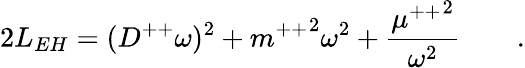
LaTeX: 2L_{EH}=(D^{++}\omega)^{2}+{m^{++}}^{2}\omega^{2}+{\frac{{\mu^{++}}^{2}}{\omega^{2}}}\qquad.